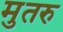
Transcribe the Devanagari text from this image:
मुतरु